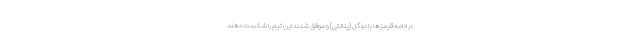
در ادامه قرمزها با دو گل (پنالتی) و موفق شدند این تیم را شکست دهند